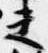
夫